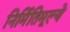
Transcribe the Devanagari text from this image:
निर्मितिमूल्ये